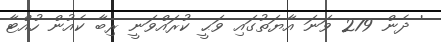
' ދެން 279 ވަނަ އާޔަތުގައި ވަޙީ ކުރައްވަނީ ރިބާ ކެއުން ހުއްޓާ